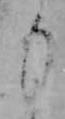
も